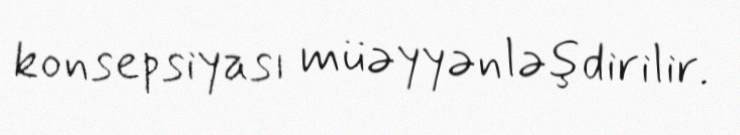
konsepsiyası müəyyənləşdirilir.